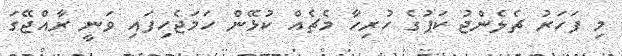
މި ފަހަރު ޗެލެންޖު ކަޕުގެ ހުރިހާ މެޗެއް ކުޅޭން ހަމަޖެހިފައި ވަނީ ރާއްޖޭގަ